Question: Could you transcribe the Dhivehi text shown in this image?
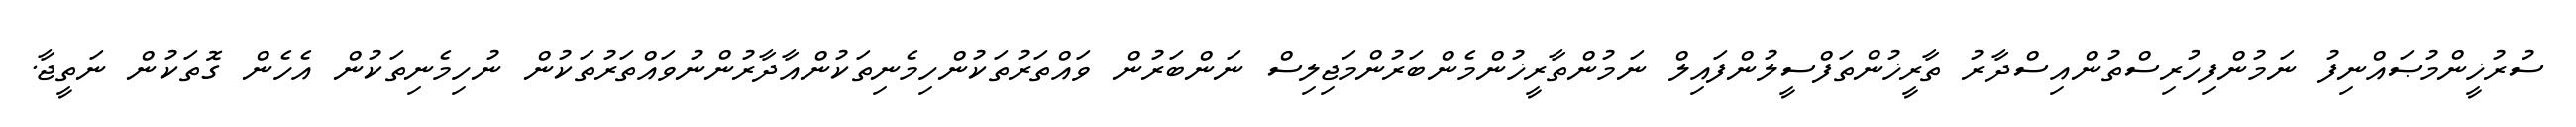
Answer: ސުރުޚީންމުޞައްނިފު ނަމުންފިހުރިސްތުންއިސްދާރު ތާރީޚުންތަފްސީލުންފައިލް ނަމުންތާރީޚުންމެންބަރުންމަޖިލިސް ނަންބަރުން ވައްތަރުތަކުންހިމެނިތަކުންއާދާރުންނުވައްތަރުތަކުން ނުހިމެނިތަކުން އެހެން ގޮތަކުން ނަތީޖާ.